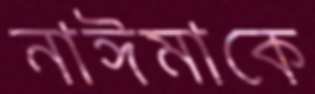
নাঈমাকে